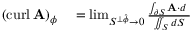
\begin{array} { r l } { ( \operatorname { c u r l } \mathbf { A } ) _ { \phi } } & { { } = \operatorname* { l i m } _ { S ^ { \perp { \boldsymbol { \hat { \phi } } } } \to 0 } { \frac { \int _ { \partial S } \mathbf { A } \cdot d \mathbf { \ell } } { \iint _ { S } d S } } } \end{array}